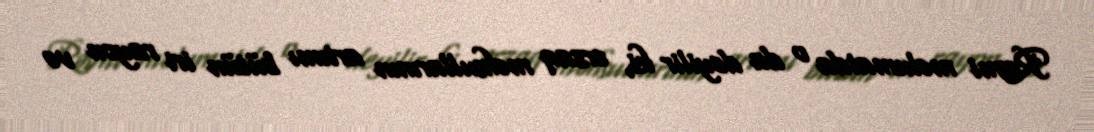
Rəsmi məlumatda o da deyilir ki, ərzaq məhsullarının artımı bütün iri rayon və